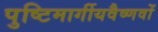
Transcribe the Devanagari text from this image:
पुष्टिमार्गीयवैष्णवों